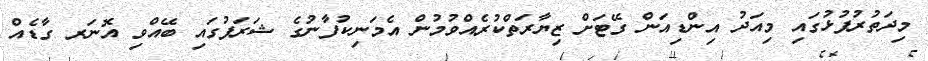
މިދަތުރުފުޅުގައި މިއަދު އިންޑިއަން ގޭޓަށް ޒިޔާރަތްކުރެއްވުމުން އެމަނިކުފާނުގެ ޝަރަފުގައި ބޭއްވި އޮނަރ ގާޑެއް